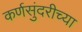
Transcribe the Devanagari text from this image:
कर्णसुंदरीच्या